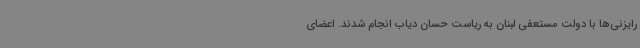
رایزنی‌ها با دولت مستعفی لبنان به ریاست حسان دیاب انجام شدند. اعضای